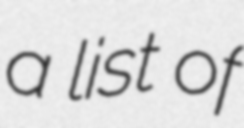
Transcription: a list of